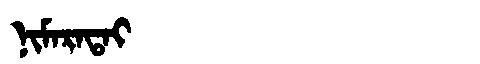
Manchu: ᠨᡳᠮᠠᡵᠠᡨᠠᡳ
Romanization: NIMARATAI